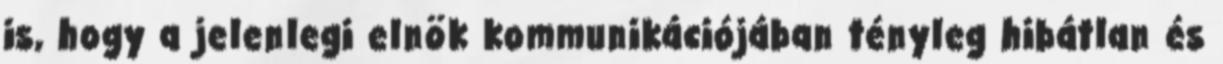
is, hogy a jelenlegi elnök kommunikációjában tényleg hibátlan és